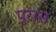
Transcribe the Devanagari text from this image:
पुरास